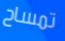
تمساح